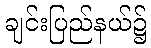
ချင်းပြည်နယ်၌